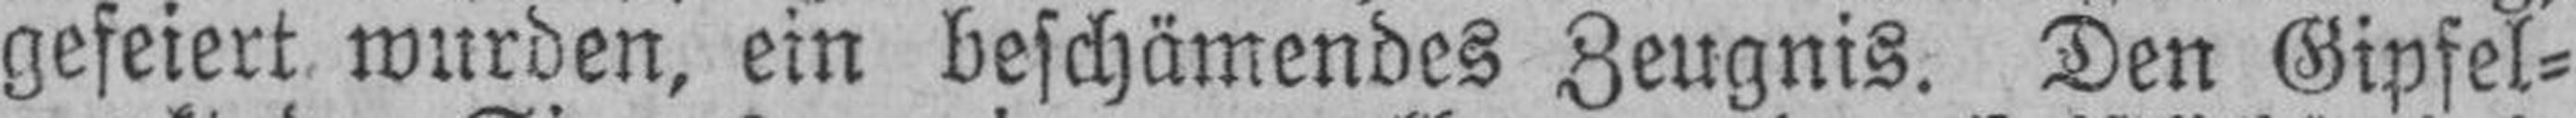
gefeiert, wurden, ein beschämendes Zeugnis. Den Gipfel¬